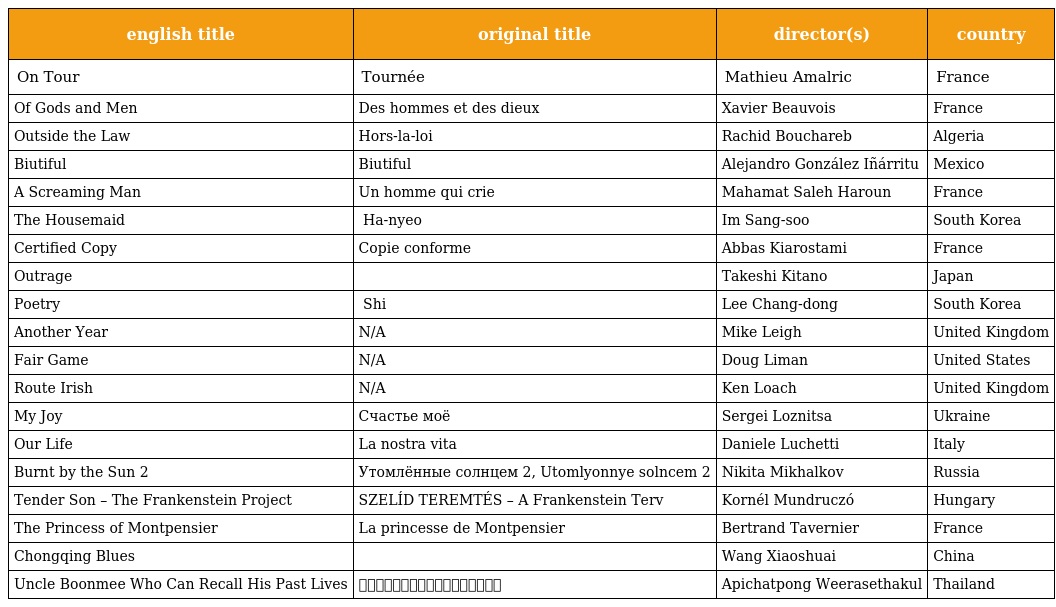
| english title | original title | director(s) | country |
 | --- | --- | --- | --- |
 | On Tour | Tournée | Mathieu Amalric | France |
 | Of Gods and Men | Des hommes et des dieux | Xavier Beauvois | France |
 | Outside the Law | Hors-la-loi | Rachid Bouchareb | Algeria |
 | Biutiful | Biutiful | Alejandro González Iñárritu | Mexico |
 | A Screaming Man | Un homme qui crie | Mahamat Saleh Haroun | France |
 | The Housemaid | 하녀 Ha-nyeo | Im Sang-soo | South Korea |
 | Certified Copy | Copie conforme | Abbas Kiarostami | France |
 | Outrage | アウトレイジ | Takeshi Kitano | Japan |
 | Poetry | 시 Shi | Lee Chang-dong | South Korea |
 | Another Year | N/A | Mike Leigh | United Kingdom |
 | Fair Game | N/A | Doug Liman | United States |
 | Route Irish | N/A | Ken Loach | United Kingdom |
 | My Joy | Счастье моё | Sergei Loznitsa | Ukraine |
 | Our Life | La nostra vita | Daniele Luchetti | Italy |
 | Burnt by the Sun 2 | Утомлённые солнцем 2, Utomlyonnye solncem 2 | Nikita Mikhalkov | Russia |
 | Tender Son – The Frankenstein Project | SZELÍD TEREMTÉS – A Frankenstein Terv | Kornél Mundruczó | Hungary |
 | The Princess of Montpensier | La princesse de Montpensier | Bertrand Tavernier | France |
 | Chongqing Blues | 日照重慶 | Wang Xiaoshuai | China |
 | Uncle Boonmee Who Can Recall His Past Lives | ลุงบุญมีระลึกชาติ | Apichatpong Weerasethakul | Thailand |